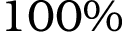
1 0 0 \%